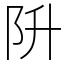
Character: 阩